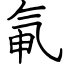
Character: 氠